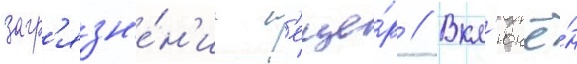
загр'язн'е́н'ие п'еще́р // Вкл'ючё́н